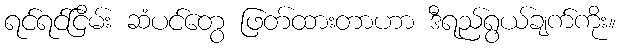
ရင်ရင်ငြိမ်း ဆံပင်တွေ ဖြတ်ထားတာဟာ ဒီရည်ရွယ်ချက်ကိုး။